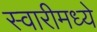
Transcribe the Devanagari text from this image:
स्वारीमध्ये